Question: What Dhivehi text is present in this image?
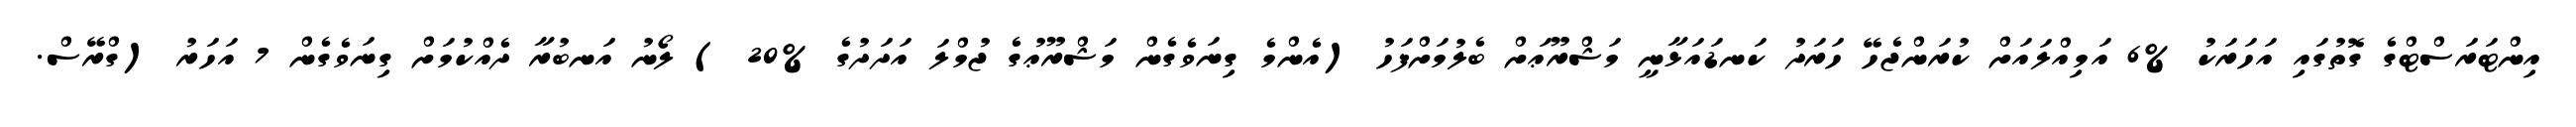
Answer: އިންޓަރަސްޓްގެ ގޮތުގައި އަހަރަކު %6 އަމިއްލައަށް ކުރަންޖެހޭ ހަރަދު ކަނޑައަޅާނީ މަޝްރޫޢަށް ބެލުމަށްފަހު (އެންމެ ގިނަވެގެން މަޝްރޫޢުގެ ޖުމްލަ އަދަދުގެ %20 ) ލޯނު އަނބުރާ ދެއްކުމަށް ގިނަވެގެން 7 އަހަރު (ގްރޭސް.